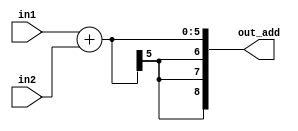
//adder
module add(in1 , in2 , out_add);
  
  input signed [4:0]in1;
  input signed [4:0]in2;
  output signed [8:0]out_add;
  
  assign out_add = in1 + in2;
  
endmodule